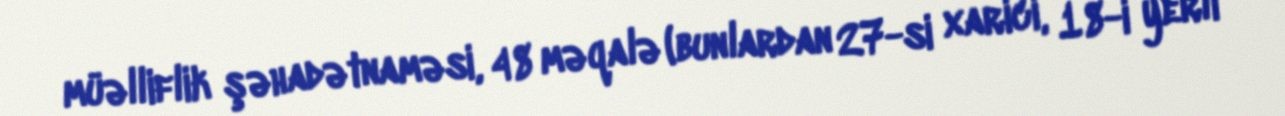
müəlliflik şəhadətnaməsi, 48 məqalə (bunlardan 27-si xarici, 18-i yerli